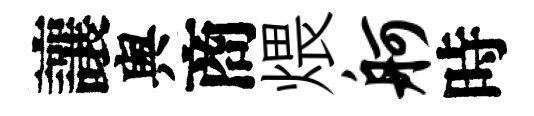
讓舆商煨舸時